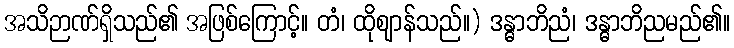
အသိဉာဏ်ရှိသည်၏ အဖြစ်ကြောင့်။ တံ၊ ထိုဈာန်သည်။) ဒန္ဓာဘိညံ၊ ဒန္ဓာဘိညမည်၏။